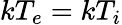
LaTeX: kT_{e}=kT_{i}